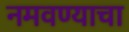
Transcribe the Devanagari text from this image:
नमवण्याचा